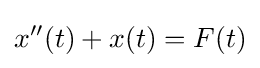
x''(t)+x(t)=F(t)